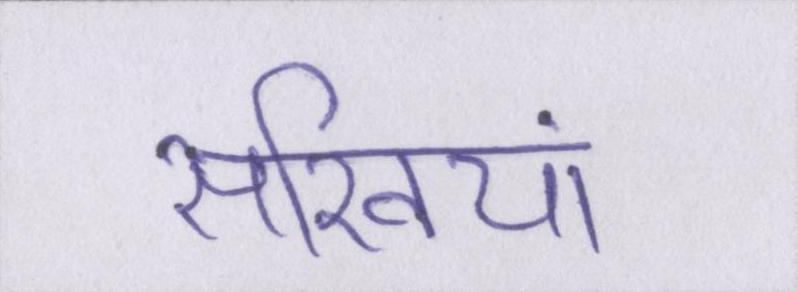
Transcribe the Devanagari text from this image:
सखियां